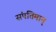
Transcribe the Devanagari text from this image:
संपत्तिमान्‌